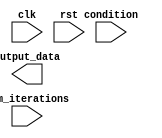
module Loop (
  input wire clk,
  input wire rst,
  input wire [3:0] num_iterations,
  input wire [7:0] condition,
  output wire [7:0] output_data
);

  reg [3:0] counter;

  always @(posedge clk or posedge rst) begin
    if (rst) begin
      counter <= 0;
    end else begin
      if (counter < num_iterations) begin
        if (condition == 8'b00000000) begin
          // Do something for condition 1
        end else if (condition == 8'b11111111) begin
          // Do something for condition 2
        end else begin
          // Do something for other conditions
        end
        counter <= counter + 1;
      end else begin
        // Reset counter at the end of iterations
        counter <= 0;
      end
    end
  end

endmodule